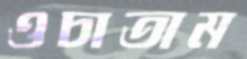
ওচাতাম